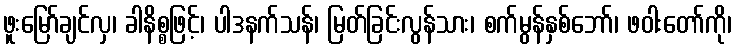
ဖူးမြော်ချင်လှ၊ ခါနိစ္စဖြင့်၊ ပါဒနက်သန်၊ မြတ်ခြင်းလွန်သား၊ စက်မွန်နှစ်ဘော်၊ ဖဝါးတော်ကို၊